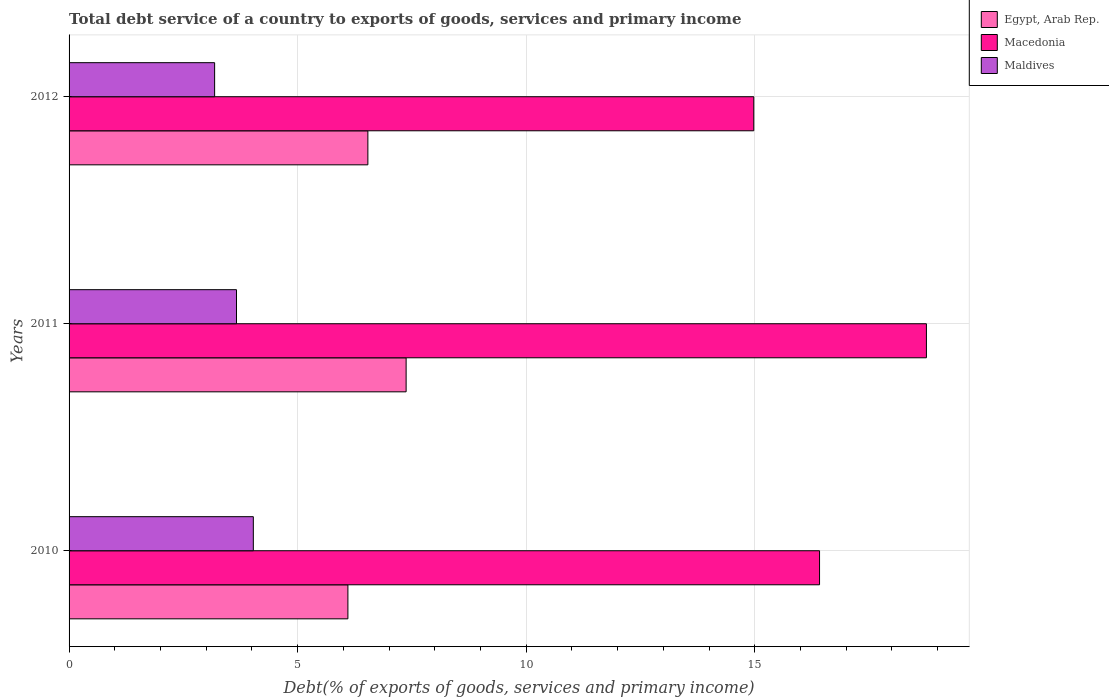
| Years | Egypt, Arab Rep. | Macedonia | Maldives |
 | --- | --- | --- | --- |
 | 2010 | 6.1 | 16.4 | 4.03 |
 | 2011 | 7.37 | 18.8 | 3.66 |
 | 2012 | 6.54 | 15 | 3.18 |